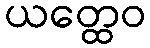
ယတ္ထေဝ